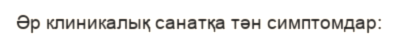
Әр клиникалық санатқа тән симптомдар: